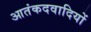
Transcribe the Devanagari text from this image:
आतंकदवादियों